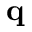
\mathbf { q }